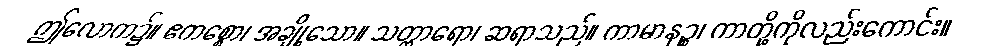
ဤလောက၌။ ဧကစ္စော၊ အချို့သော။ သတ္ထာရော၊ ဆရာသည်။ ကာမာနဉ္စ၊ ကာတို့ကိုလည်းကောင်း။